Lunatic asylums Punjab 1911-1921 - 1911-1921
Year: 1911
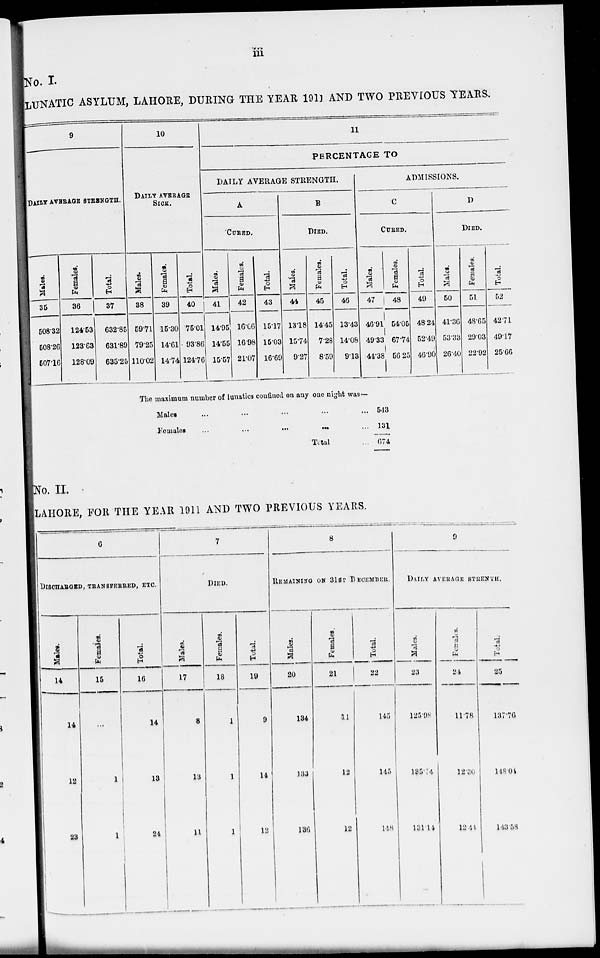
iii
No. I
LUNATIC ASYLUM, LAHORE, DURING THE YEAR 1911 AND TWO PREVIOUS YEARS.
9
DAILY AVERAGE STRENGTH.
Males.
35
508.32
508.26
507.16
Females.
36
124.53
123.63
128.09
Total.
37
632.85
631.89
635.25
10
DAILY AVERAGE SICK.
Males.
38
59.71
79.25
110.02
Females.
39
15.30
14.61
14.74
Total.
40
75.01
93.86
124.76
11
PERCENTAGE TO
DAILY AVERAGE STRENGTH.
A
CURED.
Males.
41
14.95
14.55
15.57
Females.
42
16.66
16.98
21.07
Total.
43
15.17
15.03
16.69
B
DIED.
Males.
44
13.18
15.74
9.27
Females.
45
14.45
7.28
8.59
Total.
46
13.43
14.08
9.13
ADMISSIONS.
C
CURED.
Males.
47
46.91
49.33
44.38
Females.
48
54.05
67.74
56.25
Total.
49
48.24
52.49
46.90
D
DIED.
Males.
50
41.36
53.33
26.40
Females.
51
48.65
29.03
22.92
Total.
52
42.71
49.17
25.66
The maximum number of lunatics confined on any one night was—
Males... ... ... ...
Females
...
...
...
...
Total ...
543
131
674
No. II.
LAHORE, FOR THE YEAR 1911 AND TWO PREVIOUS YEARS.
6
DlSCHARGED, TRANSFERRED, ETC.
Males.
14
14
12
23
Females.
15
...
1
1
Total.
16
14
13
24
7
DIED.
Males.
17
8
13
11
Females.
18
1
1
1
Total.
19
9
14
12
8
REMAINING ON 3lST DECEMBER.
Males.
20
134
133
136
Females.
21
11
12
12
Total.
22
145
145
148
9
DAILY AVERAGE STRENTH.
Males.
23
125.98
135.4
131.14
Females.
24
11.78
12.36
12.44
Total.
25
137.76
118.01
143.58